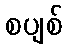
စပျစ်